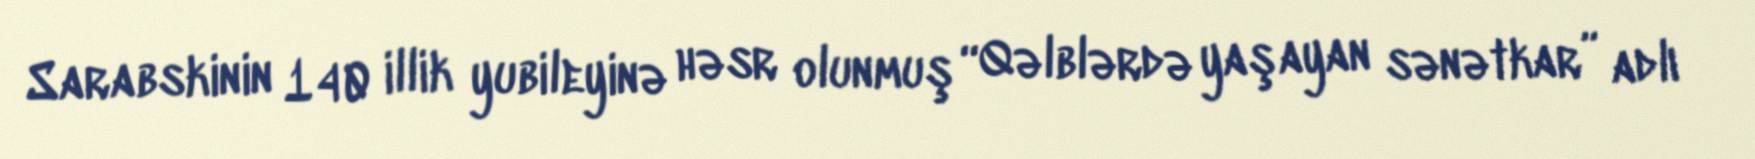
Sarabskinin 140 illik yubileyinə həsr olunmuş “Qəlblərdə yaşayan sənətkar” adlı